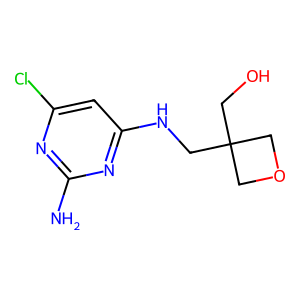
SMILES: Nc1nc(Cl)cc(NCC2(CO)COC2)n1
Inhibits HIV replication: No